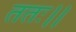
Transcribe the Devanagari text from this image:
ततः।।